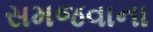
સમજવાના